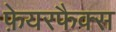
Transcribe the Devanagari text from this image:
फ़ेयरफैक्स